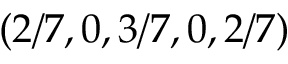
( 2 / 7 , 0 , 3 / 7 , 0 , 2 / 7 )